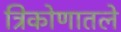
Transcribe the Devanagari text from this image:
त्रिकोणातले